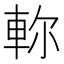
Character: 𨋎